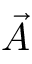
\vec { A }